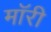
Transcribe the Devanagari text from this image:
मॉरी